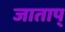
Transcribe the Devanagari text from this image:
जाताप्